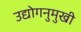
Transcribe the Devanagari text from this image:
उद्योगनुमुखी